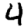
Digit: 4